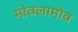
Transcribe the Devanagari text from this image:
मोवलामोव